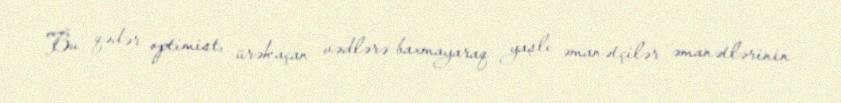
Bu qədər optimist, ürəkaçan vədlərə baxmayaraq yaşlı əmanətçilər əmanətlərinin